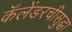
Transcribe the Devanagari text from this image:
कॅलेंडरचीसुद्घा